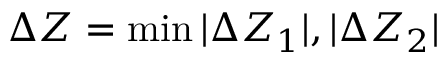
\Delta { Z } = \operatorname* { m i n } { | \Delta { Z } _ { 1 } | , | \Delta { Z } _ { 2 } | }